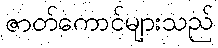
ဇာတ်ကောင်များသည်